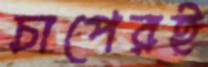
চাপেরই